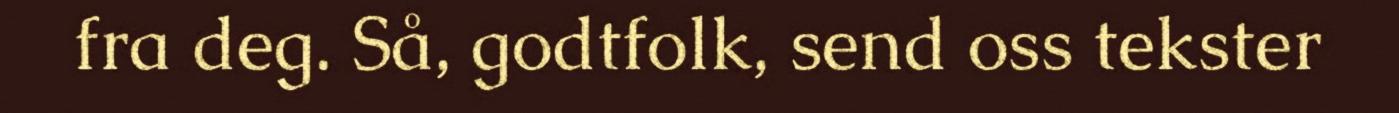
fra deg. Så, godtfolk, send oss tekster